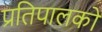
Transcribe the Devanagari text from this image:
प्रतिपालकों